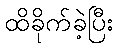
ထိခိုက်ခဲ့ပြီး